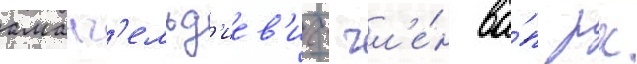
аманг'ельд'иев'ич- чл'е́н ва́п рк